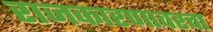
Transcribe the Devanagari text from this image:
राजकारणावरचा